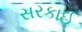
સરકાઈ